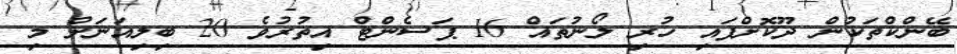
ބޭންކްތަކުން ދޫކޮށްފައި ހުރި ލޯނުތައް 16 ޕަސެންޓް އިތުރުވެ 20 ބިލިއަނަށް މި